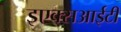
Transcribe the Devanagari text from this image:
इएक्सआईटी